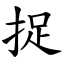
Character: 捉